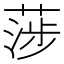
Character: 𦶼